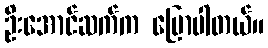
ဦးအောင်ဆက်က ပြောပါတယ်။